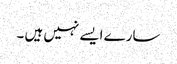
سارے ایسے نہیں ہیں ۔